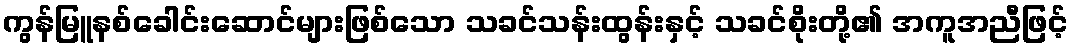
ကွန်မြူနစ်ခေါင်းဆောင်များဖြစ်သော သခင်သန်းထွန်းနှင့် သခင်စိုးတို့၏ အကူအညီဖြင့်